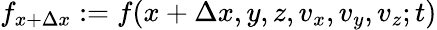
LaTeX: f_{x+\Delta x}:=f(x+\Delta x,y,z,v_{x},v_{y},v_{z};t)